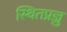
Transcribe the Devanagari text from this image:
स्थितप्रज्ञु